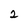
Character: 2